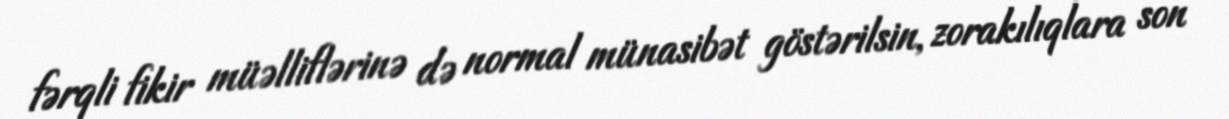
fərqli fikir müəlliflərinə də normal münasibət göstərilsin, zorakılıqlara son